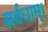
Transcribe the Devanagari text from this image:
सर्वधाम्‌।